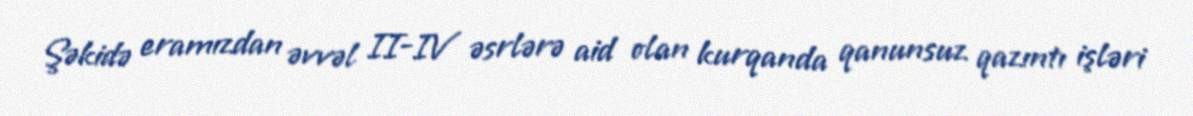
Şəkidə eramızdan əvvəl II-IV əsrlərə aid olan kurqanda qanunsuz qazıntı işləri